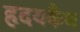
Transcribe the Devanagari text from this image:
हृदयकैथ